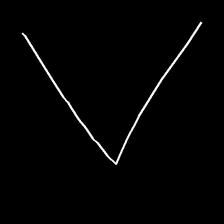
Glyph: region